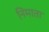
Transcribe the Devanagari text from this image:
निमाता